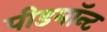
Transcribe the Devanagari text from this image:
पीडमॉन्ट